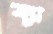
ব্যা